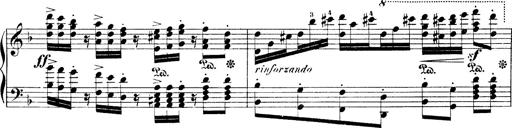
Title: Illustrations de l'opÃ©ra L'Africaine
Composer: Franz Liszt